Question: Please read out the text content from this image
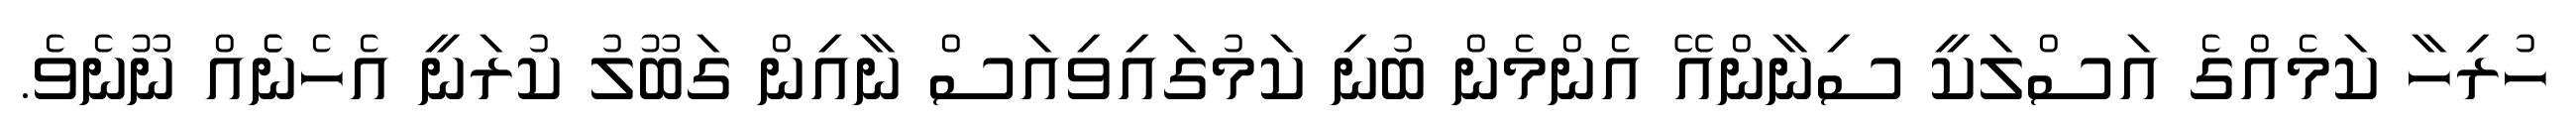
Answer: ހުރިހާ ކަމެއްގެ އަސްލަކީ ސިނާންއޭ އެންމެން ބުނި ކަމުގައިވިއަސް ނާއިން ގަބޫލު ކުރަނީ އެހެނެެއް ނޫނެވެ.